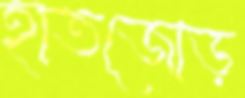
হাতজোড়